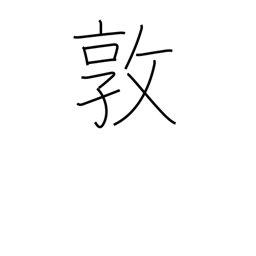
Meaning: industry